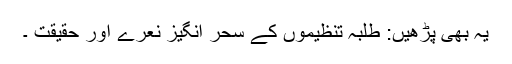
یہ بھی پڑھیں: طلبہ تنظیموں کے سحر انگیز نعرے اور حقیقت ۔